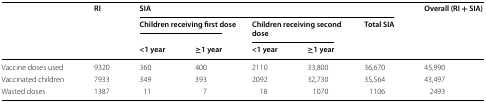
<table><thead><tr><td rowspan="3"></td><td rowspan="3"><b>RI</b></td><td colspan="5"><b>SIA</b></td><td rowspan="3"><b>Overall (RI + SIA)</b></td></tr><tr><td colspan="2"><b>Children receiving first dose</b></td><td colspan="2"><b>Children receiving second dose</b></td><td rowspan="2"><b>Total SIA</b></td></tr><tr><td><b>&lt;1 year</b></td><td><b>≥1 year</b></td><td><b>&lt;1 year</b></td><td><b>≥1 year</b></td></tr></thead><tbody><tr><td>Vaccine doses used</td><td>9320</td><td>360</td><td>400</td><td>2110</td><td>33,800</td><td>36,670</td><td>45,990</td></tr><tr><td>Vaccinated children</td><td>7933</td><td>349</td><td>393</td><td>2092</td><td>32,730</td><td>35,564</td><td>43,497</td></tr><tr><td>Wasted doses</td><td>1387</td><td>11</td><td>7</td><td>18</td><td>1070</td><td>1106</td><td>2493</td></tr></tbody></table>